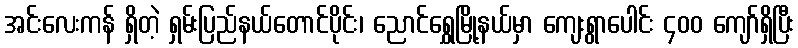
အင်းလေးကန် ရှိတဲ့ ရှမ်းပြည်နယ်တောင်ပိုင်း၊ ညောင်ရွှေမြို့နယ်မှာ ကျေးရွာပေါင်း ၄၀၀ ကျော်ရှိပြီး